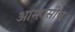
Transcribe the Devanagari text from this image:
आम्हासीच